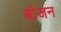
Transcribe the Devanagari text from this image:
बोजन